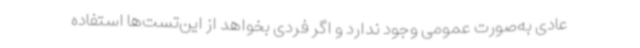
عادی به‌صورت عمومی وجود ندارد و اگر فردی بخواهد از این‌تست‌ها استفاده